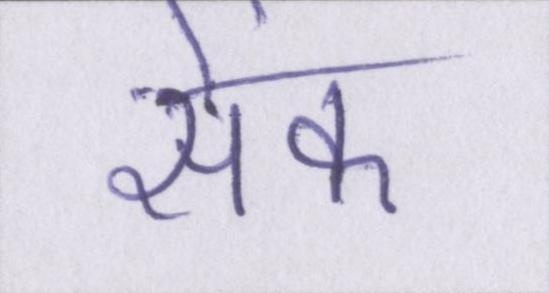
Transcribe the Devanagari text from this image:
सेंक